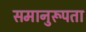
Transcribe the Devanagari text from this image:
समानुरूपता